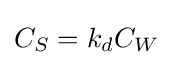
C_{S}=k_{d}C_{W}